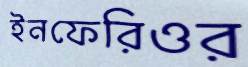
ইনফেরিওর